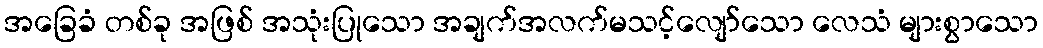
အခြေခံ တစ်ခု အဖြစ် အသုံးပြုသော အချက်အလက်မသင့်လျော်သော လေသံ များစွာသော